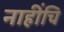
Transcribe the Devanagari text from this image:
नाहींचि